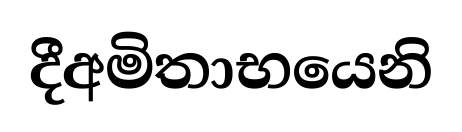
දීඅමිතාභයෙනි